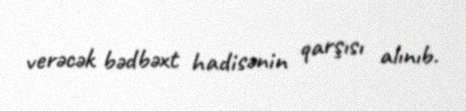
verəcək bədbəxt hadisənin qarşısı alınıb.